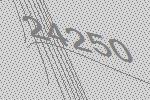
24250